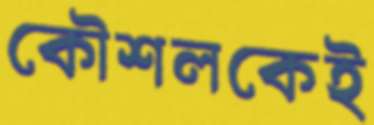
কৌশলকেই